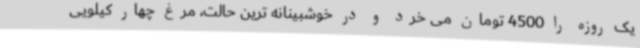
یک روزه را 4500 تومان می خرد و در خوشبینانه ترین حالت، مرغ چهار کیلویی